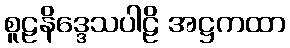
စူဠနိဒ္ဒေသပါဠိ အဋ္ဌကထာ